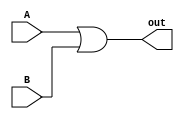
module or2 (A, B, out);
    
    input A;
    input B;
    
    output out;
    
    assign out = A | B;
    
endmodule